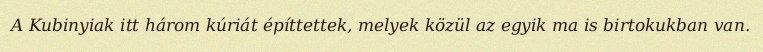
A Kubinyiak itt három kúriát építtettek, melyek közül az egyik ma is birtokukban van.